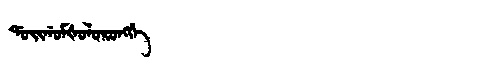
Manchu: ᡩᠣᡳᡤᠣᠮᡧᠣᠯᠣᡵᠣᠩᡤᡝ
Romanization: DOIGOMŠOLORONGGE